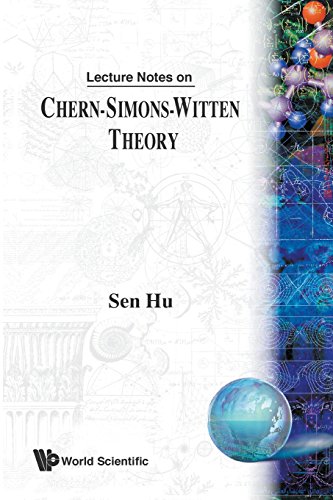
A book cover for Lecture Notes On Chern-Simons-Witten Theory; Sen Hu; Science & Math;